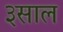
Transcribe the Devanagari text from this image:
३साल